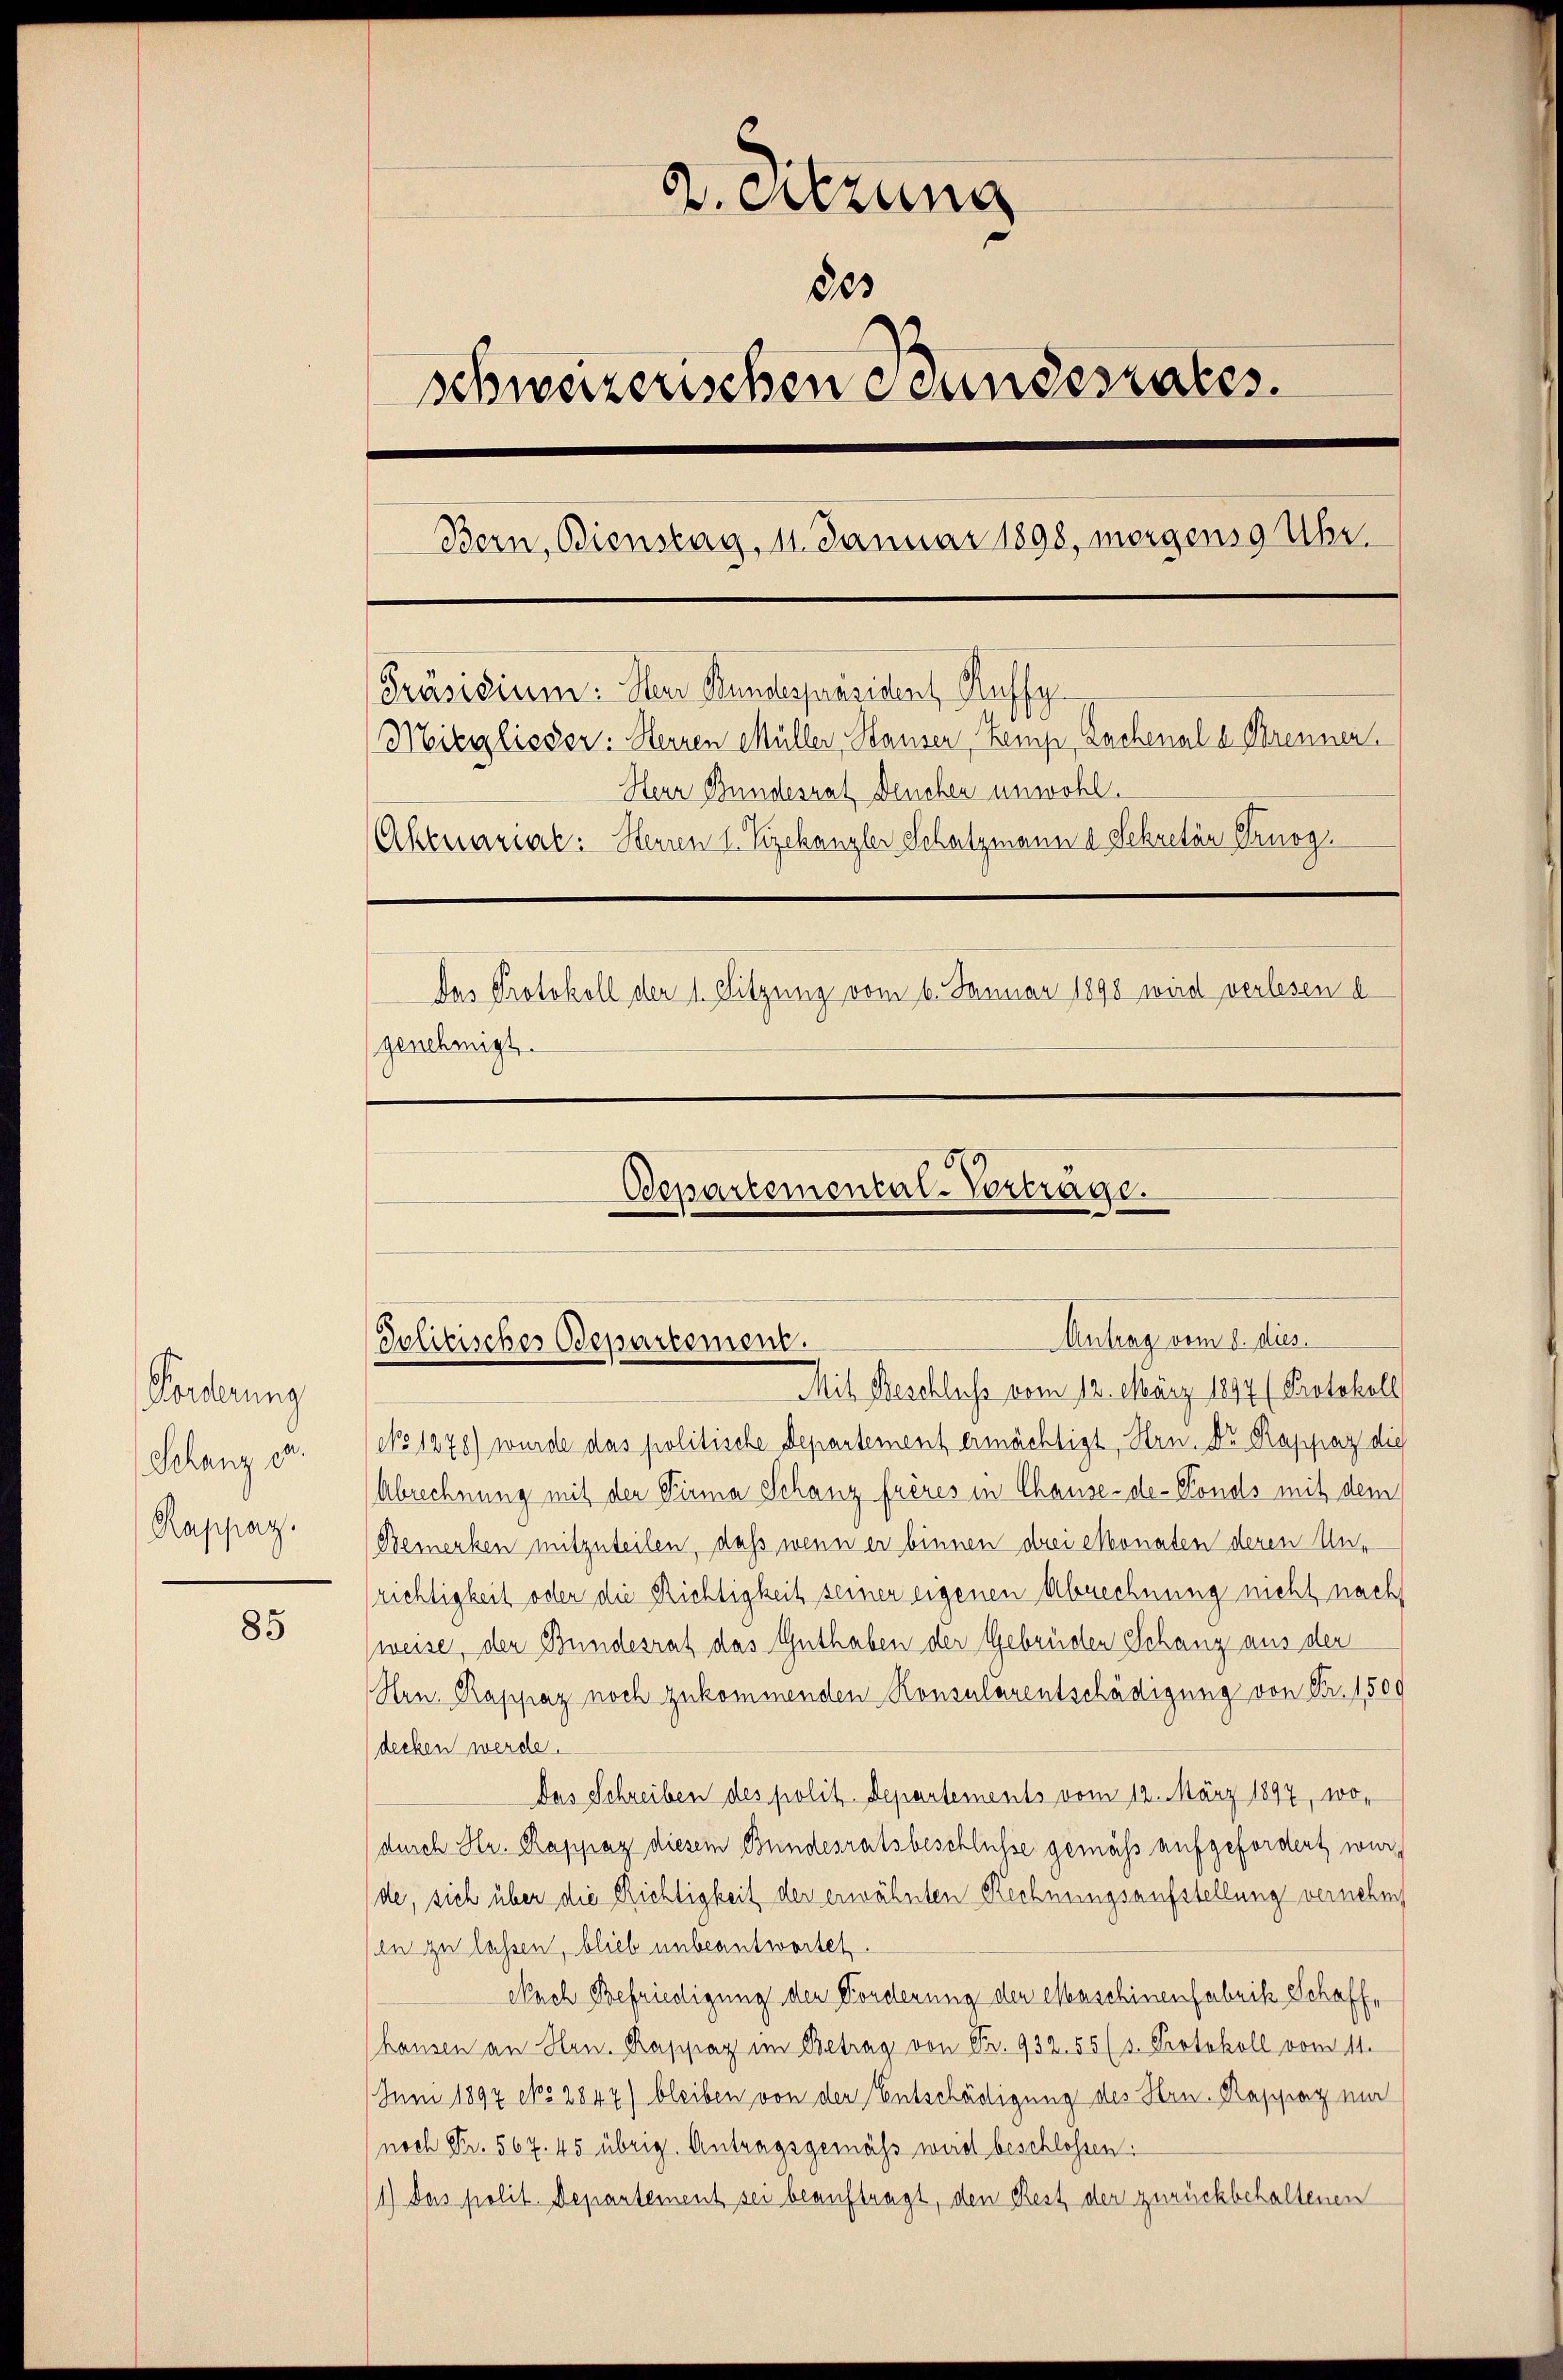
Forderung
Schanz er
Rappaz.

85

2. Sitzung
805
schweizerischen Bundesrates.
Bern, Bienstag, 11. Januar 1898, morgens 9 Uhr.
[Präsidium. Nun Bundespräsident Kuffy
Mitglieder: Herren Müller, Hauser Zemp, Lachenal u. Brennen.
Herr Bundesrat Deuchen unwohl.
Ahenarial: Herren 1. Vizekanzler Schatzmann a. Sekretär Arnog
Das Protokoll der 1. Sitzung vom 6. Januar 1898 wird verlesen u.
genehmigt.

Oesartemental-Vortrage.
Antrag vom 8. dies
Politisches Departement.
Mit Beschluss vom 12. März 1894 (Protokoll

NNo 1278) wurde das politische Departement ermächtigt, Hrn. Dr. Rappaz die
Abrechnung mit der Firma Schanz frères in Chause-de-Fonds mit dem
Bemerken mitzuteilen, daß wenn er binnen drei Monaten deren Un-
richtigkeit oder die Richtigkeit seiner eigenen Abrechnung nicht nach
weise, den Bundesrat das Guthaben der Gebrüder Schang aus der
Hrn. Rappaz noch zukommenden Konsularentschädigung von Fr. 1500
decken werde.
Das Schreiben des polit. Departements vom 12. März 1897, wodurch Hr. Rappaz diesem Bundesratsbeschlüsse gemäss aufgefordert werde, sich über die Richtigkeit der erwähnten Rechnungsaufstellung vernehm,
in zu lassen, blieb unbeantwortet
Nach Befriedigung der Forderung der Maschinenfabrik Schoffe
hausen an Hrn. Rappaz im Betrag von Fr. 932. 55 (s. Protokoll vom 11.
Juni 1897 dto 2842) bleiben von der Entschädigung des Hrn. Rasfrag ein
noch Fr. 567. 45 übrig. Antragsgemäß weid beschlossen:
1) Das polit. Departement sei beauftragt, den Rest der zurückbehaltenen